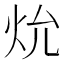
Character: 𪸗